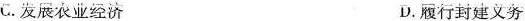
C发展农业经济 D.履行封建义务